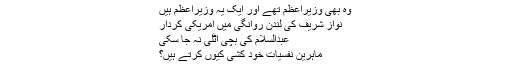
وہ بھی وزیراعظم تھے اور ایک یہ وزیراعظم ہیں
نواز شریف کی لندن روانگی میں امریکی کردار
عبدالسلام کی بچی اٹلی نہ جا سکی
ماہرینِ نفسیات خود کشی کیوں کرتے ہیں؟